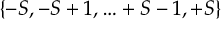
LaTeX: \{ - S , - S + 1 , \ldots + S - 1 , + S \}